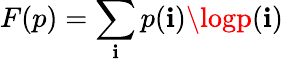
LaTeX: F(p)=\sum_{\mathbf{i}}p(\mathbf{i})\logp(\mathbf{i})